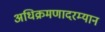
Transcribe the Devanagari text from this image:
अधिक्रमणादरम्यान